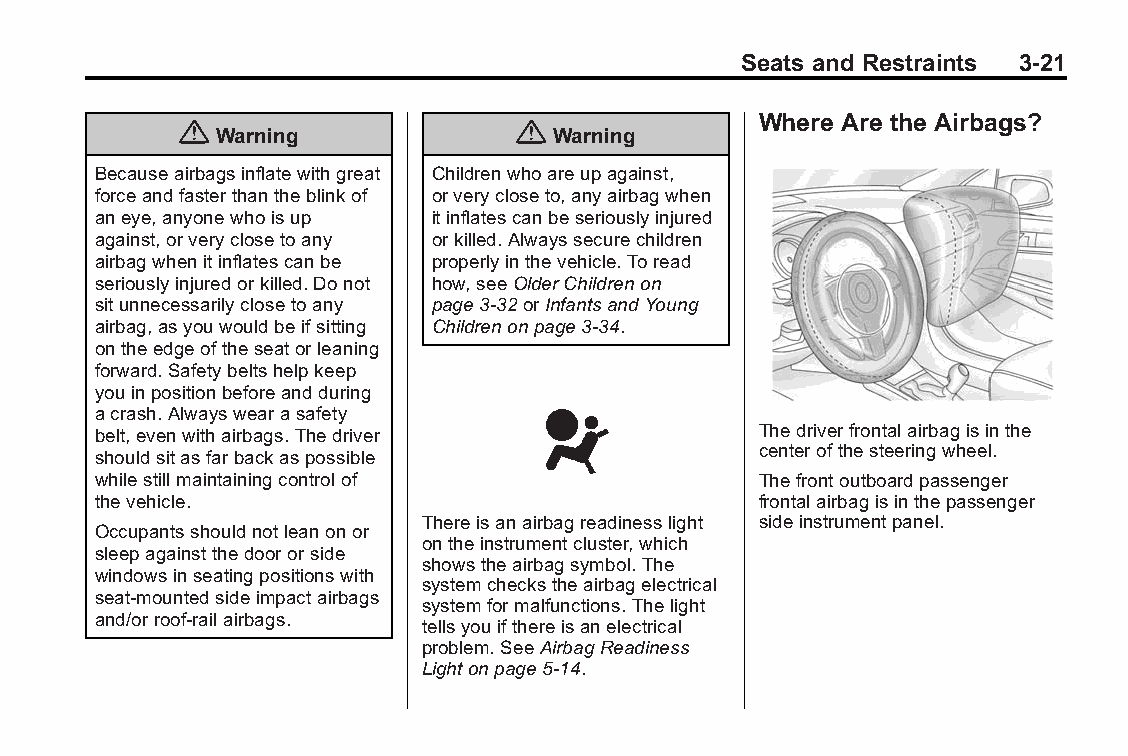
Buick LaCrosse Owner Manual (GMNA-Localizing-U.S./Canada/Mexico- Blackplate(21,1)
 6043609)-2014-2ndEdition-10/17/13
 Seats and Restraints 3-21
 Where Are the Airbags?
 {                     {
 Warning               Warning
 Becauseairbagsinflatewithgreat Childrenwhoareupagainst,
 forceandfasterthantheblinkof orverycloseto,anyairbagwhen
 aneye,anyonewhoisup   itinflatescanbeseriouslyinjured
 against,orveryclosetoany orkilled.Alwayssecurechildren
 airbagwhenitinflatescanbe properlyinthevehicle.Toread
 seriouslyinjuredorkilled.Donot how,seeOlderChildrenon
 situnnecessarilyclosetoany page3-32orInfantsandYoung
 airbag,asyouwouldbeifsitting Childrenonpage3-34.
 ontheedgeoftheseatorleaning
 forward.Safetybeltshelpkeep
 youinpositionbeforeandduring
 acrash.Alwayswearasafety
 belt,evenwithairbags.Thedriver              Thedriverfrontalairbagisinthe
 centerofthesteeringwheel.
 shouldsitasfarbackaspossible
 whilestillmaintainingcontrolof              Thefrontoutboardpassenger
 thevehicle.                                 frontalairbagisinthepassenger
 Thereisanairbagreadinesslight sideinstrumentpanel.
 Occupantsshouldnotleanonor
 ontheinstrumentcluster,which
 sleepagainstthedoororside
 showstheairbagsymbol.The
 windowsinseatingpositionswith
 systemcheckstheairbagelectrical
 seat-mountedsideimpactairbags
 systemformalfunctions.Thelight
 and/orroof-railairbags.
 tellsyouifthereisanelectrical
 problem.SeeAirbagReadiness
 Lightonpage5-14.